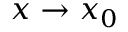
x \to x _ { 0 }